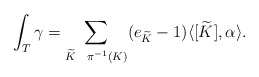
\begin{align*} \int_T \gamma = \sum_{ \widetilde{K} \ \ \pi^{-1}(K)} (e_{\widetilde{K}}-1) \langle[\widetilde{K}], \alpha \rangle.\end{align*}